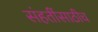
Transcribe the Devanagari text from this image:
संहतींसाठीच